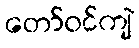
တော်ဝင်ကျဲ